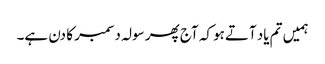
ہمیں تم یاد آتےہو کہ آج پھر سولہ دسمبر کا دن ہے۔